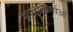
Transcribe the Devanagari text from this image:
साक्षात्कर्ताओं